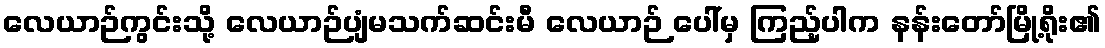
လေယာဉ်ကွင်းသို့ လေယာဉ်ပျံမသက်ဆင်းမီ လေယာဉ် ပေါ်မှ ကြည့်ပါက နန်းတော်မြို့ရိုး၏